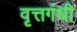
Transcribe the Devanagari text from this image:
वृत्तगंधी